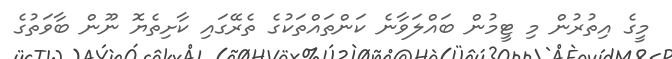
މީގެ އިތުރުން މި ޓީމުން ބައްލަވާނެ ކަންތައްތަކުގެ ތެރޭގައި ކާށިތެޔޮ ނޫން ބާވަތުގެ